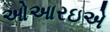
ઓઆરઇએ